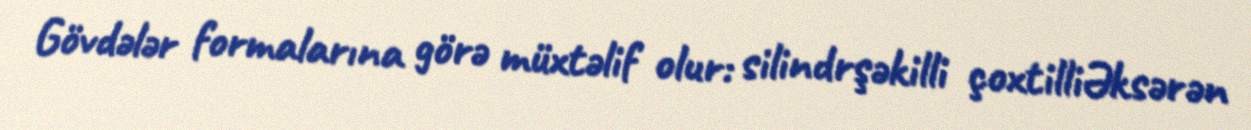
Gövdələr formalarına görə müxtəlif olur: silindrşəkilli çoxtilliƏksərən